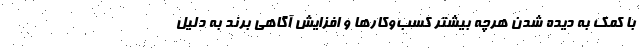
با کمک به دیده شدن هرچه بیشتر کسب‌وکارها و افزایش آگاهی برند به دلیل